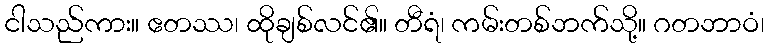
ငါသည်ကား။ ဧတဿ၊ ထိုချစ်လင်၏။ တီရံ၊ ကမ်းတစ်ဘက်သို့။ ဂတဘာဝံ၊